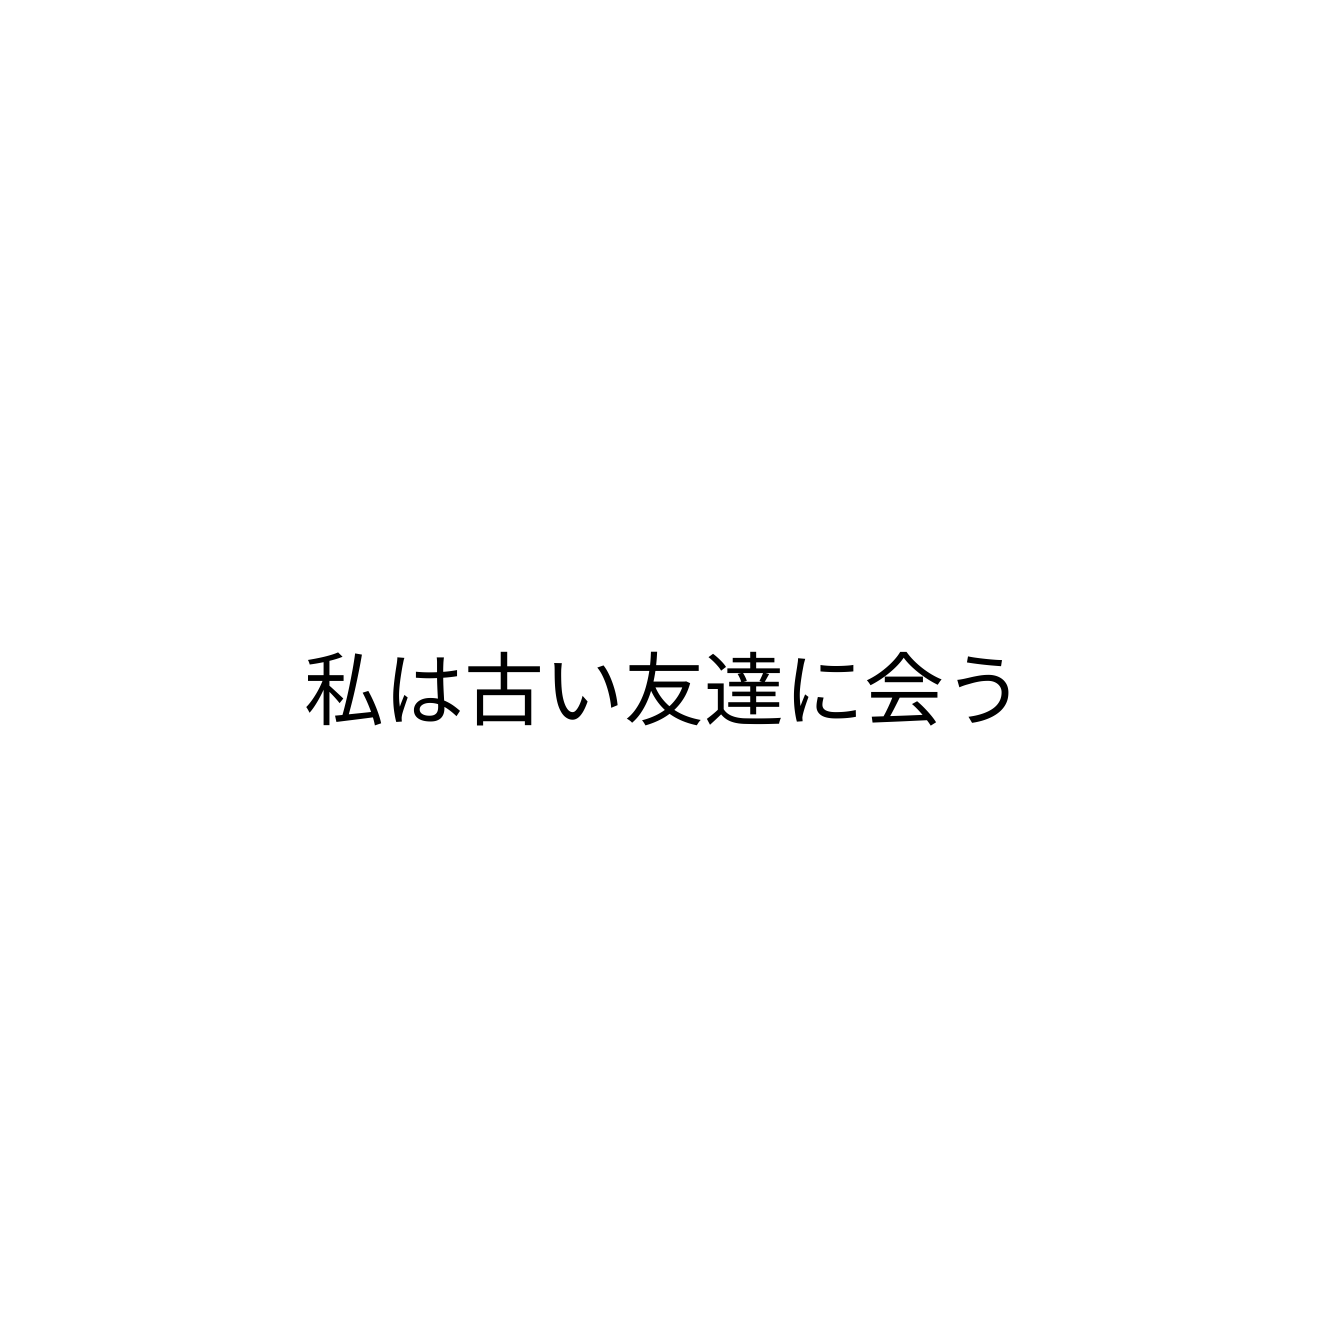
私は古い友達に会う